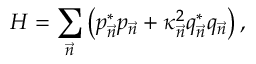
{ \cal H } = \sum _ { \vec { n } } \left( p _ { \vec { n } } ^ { * } p _ { \vec { n } } + \kappa _ { \vec { n } } ^ { 2 } q _ { \vec { n } } ^ { * } q _ { \vec { n } } \right) ,